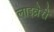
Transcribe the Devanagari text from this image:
लाइव्रेरी